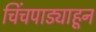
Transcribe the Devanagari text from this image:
चिंचपाड्याहून